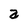
Character: a